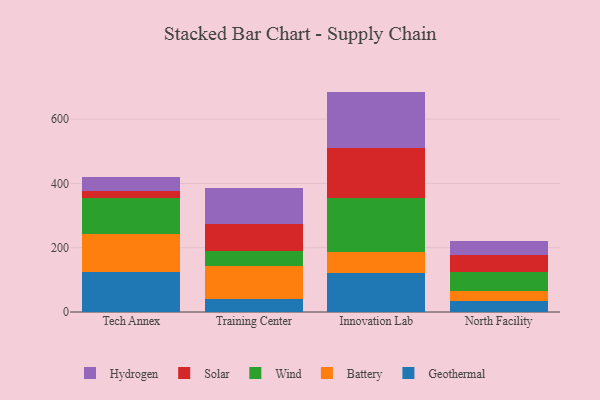
{"axis": {"x": "Campus", "y": "Budget (USD K)"}, "legend": ["Battery", "Geothermal", "Hydrogen", "Solar", "Wind"], "data": [{"x": "Tech Annex", "y": 125.4, "type": "Geothermal"}, {"x": "Tech Annex", "y": 118.6, "type": "Battery"}, {"x": "Tech Annex", "y": 110.8, "type": "Wind"}, {"x": "Tech Annex", "y": 20.4, "type": "Solar"}, {"x": "Tech Annex", "y": 43.3, "type": "Hydrogen"}, {"x": "Training Center", "y": 42.0, "type": "Geothermal"}, {"x": "Training Center", "y": 100.9, "type": "Battery"}, {"x": "Training Center", "y": 45.4, "type": "Wind"}, {"x": "Training Center", "y": 84.2, "type": "Solar"}, {"x": "Training Center", "y": 114.3, "type": "Hydrogen"}, {"x": "Innovation Lab", "y": 120.9, "type": "Geothermal"}, {"x": "Innovation Lab", "y": 64.9, "type": "Battery"}, {"x": "Innovation Lab", "y": 167.6, "type": "Wind"}, {"x": "Innovation Lab", "y": 157.5, "type": "Solar"}, {"x": "Innovation Lab", "y": 174.7, "type": "Hydrogen"}, {"x": "North Facility", "y": 35.5, "type": "Geothermal"}, {"x": "North Facility", "y": 31.2, "type": "Battery"}, {"x": "North Facility", "y": 57.3, "type": "Wind"}, {"x": "North Facility", "y": 52.9, "type": "Solar"}, {"x": "North Facility", "y": 45.2, "type": "Hydrogen"}]}